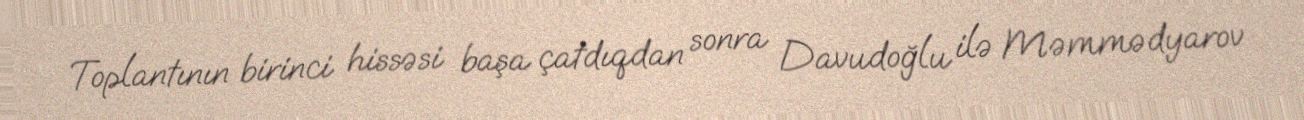
Toplantının birinci hissəsi başa çatdıqdan sonra Davudoğlu ilə Məmmədyarov